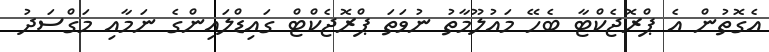
އެގޮތުން އެ ޕްރޮޖެކްޓާ ބެހޭ މައުލޫމާތު ނުވަތަ ޕްރޮޖެކްޓް ގައިޑްލައިންގެ ނަމާއި މަގްސަދު